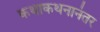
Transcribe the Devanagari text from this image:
कथाकथनानंतर